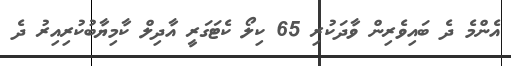
އެންމެ ދެ ބައިވެރިން ވާދަކުރި 65 ކިލޯ ކެޓަގަރީ އާދިލް ކާމިޔާބުކުރިއިރު ދެ